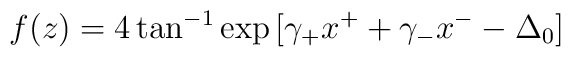
f(z) = 4 \tan^{-1} \exp{[\gamma_+ x^+ +\gamma_- x^- -\Delta_0]}